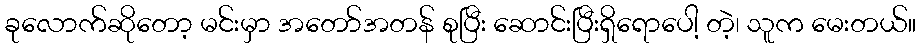
ခုလောက်ဆိုတော့ မင်းမှာ အတော်အတန် စုပြီး ဆောင်းပြီးရှိရောပေါ့ တဲ့၊ သူက မေးတယ်။